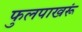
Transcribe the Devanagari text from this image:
फुलपाखरूं